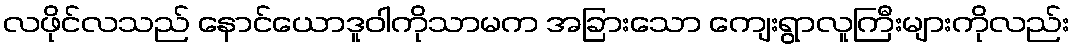
လဖိုင်လသည် နောင်ယောဒူဝါကိုသာမက အခြားသော ကျေးရွာလူကြီးများကိုလည်း